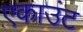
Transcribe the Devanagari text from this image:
ए़काउंट